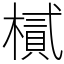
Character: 樲